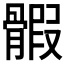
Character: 𩩱